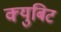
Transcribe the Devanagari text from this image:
क्युबिट